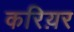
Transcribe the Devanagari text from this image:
करिय़र